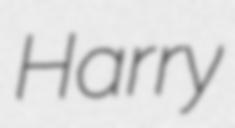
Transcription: Harry